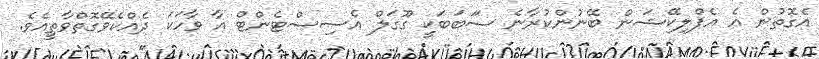
އެގޮތުން އެ އެޕްލިކޭޝަން ބޭނުންކުރާނެ ސަަބަބަކީ ގޫގަލް އެސިސްޓެންޓް އާ ވާހަކަ ދެއްކެވޭގޮތްވާތީއެވެ.